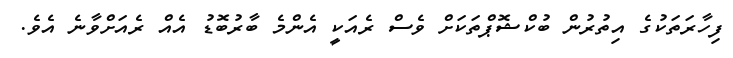
ފިހާރަތަކުގެ އިތުރުން ބުކްޝޮޕްތަކަށް ވެސް ރެއަކީ އެންމެ ބާރުބޮޑު އެއް ރެއަށްވާނެ އެވެ.